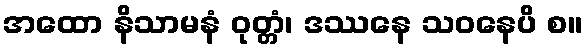
အထော နိသာမနံ ဝုတ္တံ၊ ဒဿနေ သဝနေပိ စ။